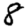
Digit: 8